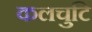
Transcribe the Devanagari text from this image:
कलचुटि